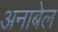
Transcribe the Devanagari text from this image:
अनाबेल